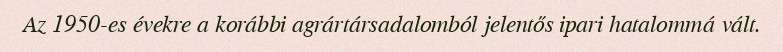
Az 1950-es évekre a korábbi agrártársadalomból jelentős ipari hatalommá vált.